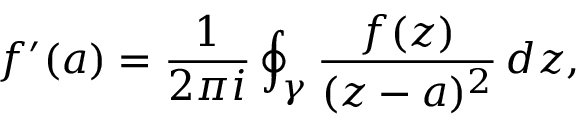
f ^ { \prime } ( a ) = { \frac { 1 } { 2 \pi i } } \oint _ { \gamma } { \frac { f ( z ) } { ( z - a ) ^ { 2 } } } \, d z ,